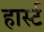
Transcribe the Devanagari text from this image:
हार्स्ट